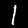
Digit: 1